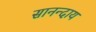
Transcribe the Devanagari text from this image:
सानन्दाय